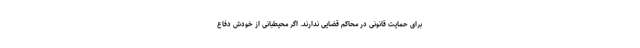
برای حمایت قانونی در محاکم قضایی ندارند. اگر محیطبانی از خودش دفاع